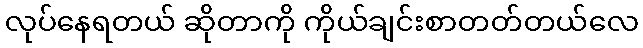
လုပ်နေရတယ် ဆိုတာကို ကိုယ်ချင်းစာတတ်တယ်လေ